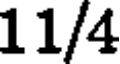
11/4